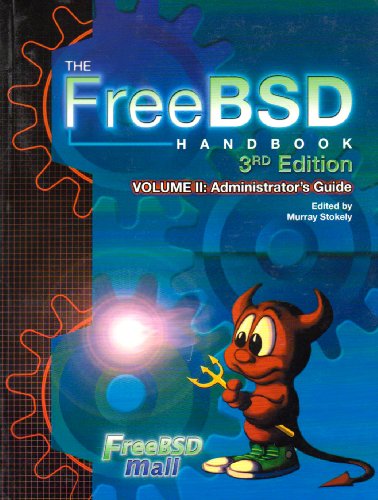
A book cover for The FreeBSD Handbook: Administrators Guide, Vol. 2 (3rd Edition); Computers & Technology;